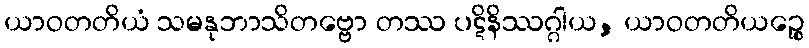
ယာဝတတိယံ သမနုဘာသိတဗ္ဗော တဿ ပဋိနိဿဂ္ဂါယ, ယာဝတတိယဉ္စေ